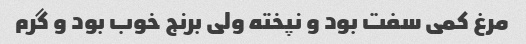
مرغ کمی سفت بود و نپخته ولی برنج خوب بود و گرم